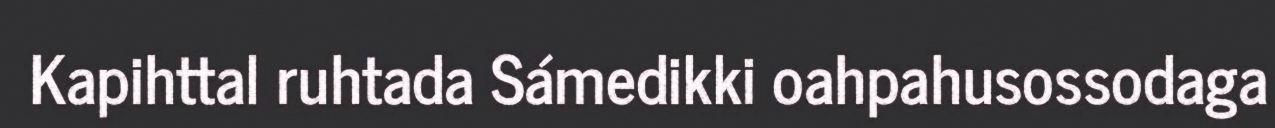
Kapihttal ruhtada Sámedikki oahpahusossodaga